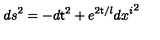
d s ^ { 2 } = - d { \sf t } ^ { 2 } + e ^ { 2 { \sf t } / l } d { x ^ { i } } ^ { 2 }